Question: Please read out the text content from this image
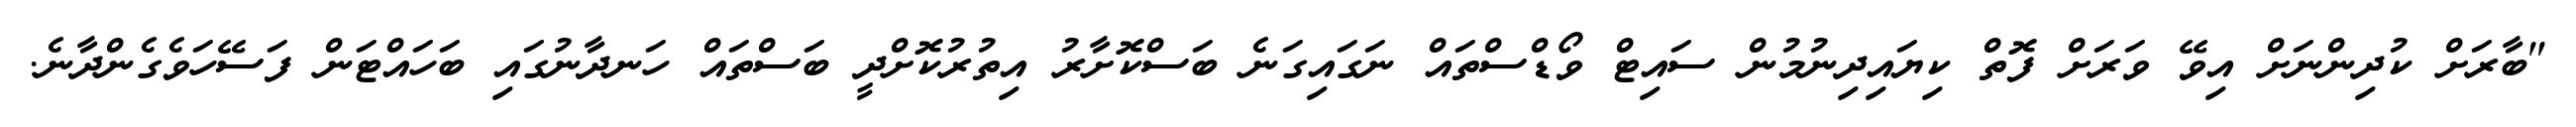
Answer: "ބާރަށް ކުދިންނަށް އިވޭ ވަރަށް ފޮތް ކިޔައިދިނުމުން ސައިޓް ވޯޑްސްތައް ނަގައިގަނެ ބަސްކޮށާރު އިތުރުކޮށްދީ ބަސްތައް ހަނދާނުގައި ބަހައްޓަން ފަސޭހަވެގެންދާނެ.